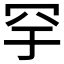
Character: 𬙗